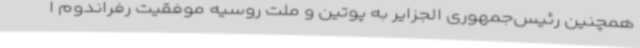
همچنین رئیس‌جمهوری الجزایر به پوتین و ملت روسیه موفقیت رفراندوم ا